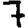
Digit: 7